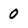
Character: 0